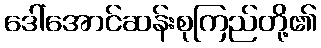
ဒေါ်အောင်ဆန်းစုကြည်တို့၏